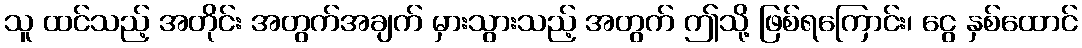
သူ ထင်သည့် အတိုင်း အတွက်အချက် မှားသွားသည့် အတွက် ဤသို့ ဖြစ်ရကြောင်း၊ ငွေ နှစ်ထောင်